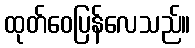
ထုတ်ဝေပြန်လေသည်။